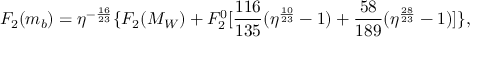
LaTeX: F _ { 2 } ( m _ { b } ) = \eta ^ { - \frac { 1 6 } { 2 3 } } \{ F _ { 2 } ( M _ { W } ) + F _ { 2 } ^ { 0 } [ \frac { 1 1 6 } { 1 3 5 } ( \eta ^ { \frac { 1 0 } { 2 3 } } - 1 ) + \frac { 5 8 } { 1 8 9 } ( \eta ^ { \frac { 2 8 } { 2 3 } } - 1 ) ] \} ,